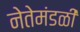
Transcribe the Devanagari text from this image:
नेतेमंडळी